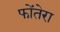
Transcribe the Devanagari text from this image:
फोंतेरा